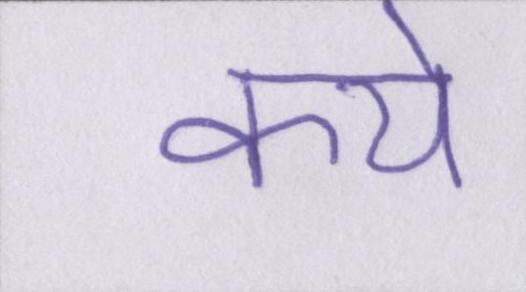
केये